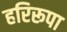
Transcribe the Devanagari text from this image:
हरिरूपा